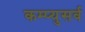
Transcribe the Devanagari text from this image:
कम्प्युसर्व